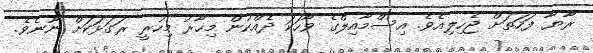
ރާޔާ ފަހަތަށް ޖެހިލިއެވެ. އިސްމާއިލްގެ ވާހަކަ ދެއްކުން މިހާރު މިހުރީ ރަގަޅަކަށް ނޫނެވެ.